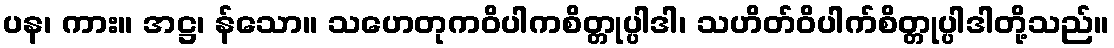
ပန၊ ကား။ အဋ္ဌ၊ န်သော။ သဟေတုကဝိပါကစိတ္တုပ္ပါဒါ၊ သဟိတ်ဝိပါက်စိတ္တုပ္ပါဒါတို့သည်။